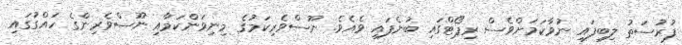
ފުރުސަތު ލިބިފައި ނުވާކަމަށްވެސް ރިޕޯޓްގައި ބުނެފައި ވެއެވެ. ނޫސްވެރިކަމުގެ މިނިވަންކަމާއި ނޫސްވެރިންގެ ހައްގުގައި